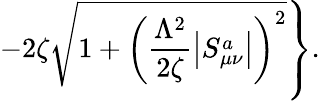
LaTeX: \left.-2\zeta\sqrt{1+\left(\frac{\Lambda^{2}}{2\zeta}\left|S_{\mu\nu}^{a}\right|\right)^{2}}\right\} .